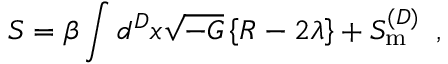
S = \beta \int d ^ { D } x \sqrt { - { \cal { G } } } \left\{ { \cal { R } } - 2 \lambda \right\} + { \cal { S } } _ { \mathrm { { m } } } ^ { ( D ) } \, \, \, ,